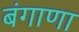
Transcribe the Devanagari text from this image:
बंगाणा